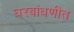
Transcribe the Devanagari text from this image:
घरबांधणीत